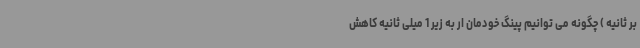
بر ثانیه ) چگونه می توانیم پینگ خودمان ار به زیر 1 میلی ثانیه کاهش